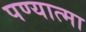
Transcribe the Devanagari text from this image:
पण्यात्मा